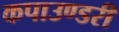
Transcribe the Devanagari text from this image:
कपाउण्डरी